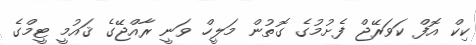
ކިކް އޮފް ކަވަރޭޖް ފެށުމުގެ ގޮތުން މަލީހް ވަނީ ރާއްޖޭގެ ޤައުމީ ޓީމްގެ